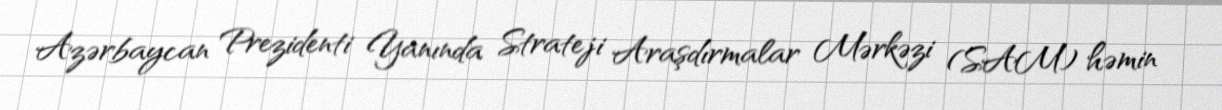
Azərbaycan Prezidenti Yanında Strateji Araşdırmalar Mərkəzi (SAM) həmin